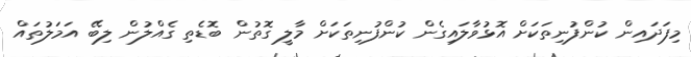
މިފަދައިން ކުންފުނިތަކަށް އޮޅުވާލައިގެން ކުންފުނިތަކަށް މާލީ ގޮތުން ބޮޑެތި ގެއްލުން ލިބޭ އަމަލުތައް